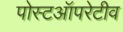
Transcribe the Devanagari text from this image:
पोस्टऑपरेटीव